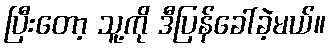
ပြီးတော့ သူ့ကို ဒီပြန်ခေါ်ခဲ့မယ်။